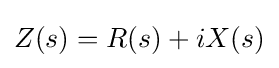
Z(s)=R(s)+iX(s)